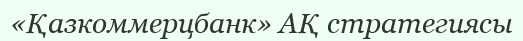
«Қазкоммерцбанк» АҚ стратегиясы